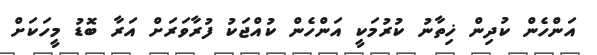
އަންހެން ކުދިން ޚިތާނު ކުރުމަކީ އަންހެން ކުއްޖަކު ފުރާވަރަށް އަރާ ބޮޑު މީހަކަށް